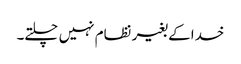
خدا کے بغیر نظام نہیں چلتے۔